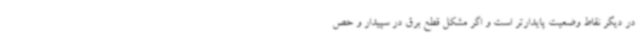
در دیگر نقاط وضعیت پایدارتر است و اگر مشکل قطع برق در سپیدار و حص